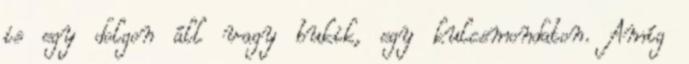
is egy dolgon áll vagy bukik, egy kulcsmondaton. Amíg